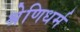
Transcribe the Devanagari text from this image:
श्रेणिधर्म